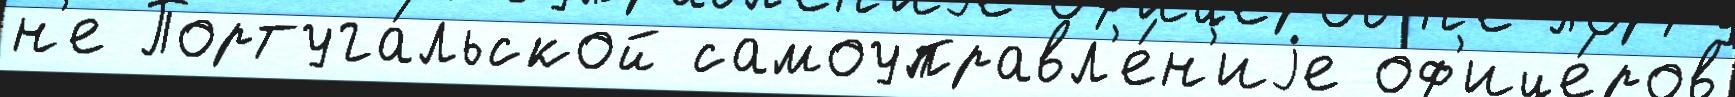
н'е Португа́льской самоуправл'е́н'иjе оф'ице́ров